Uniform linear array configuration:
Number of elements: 8
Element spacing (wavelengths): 0.5
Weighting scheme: hamming
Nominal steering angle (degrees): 30
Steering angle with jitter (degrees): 28.16
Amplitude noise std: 0.05
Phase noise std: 0.05

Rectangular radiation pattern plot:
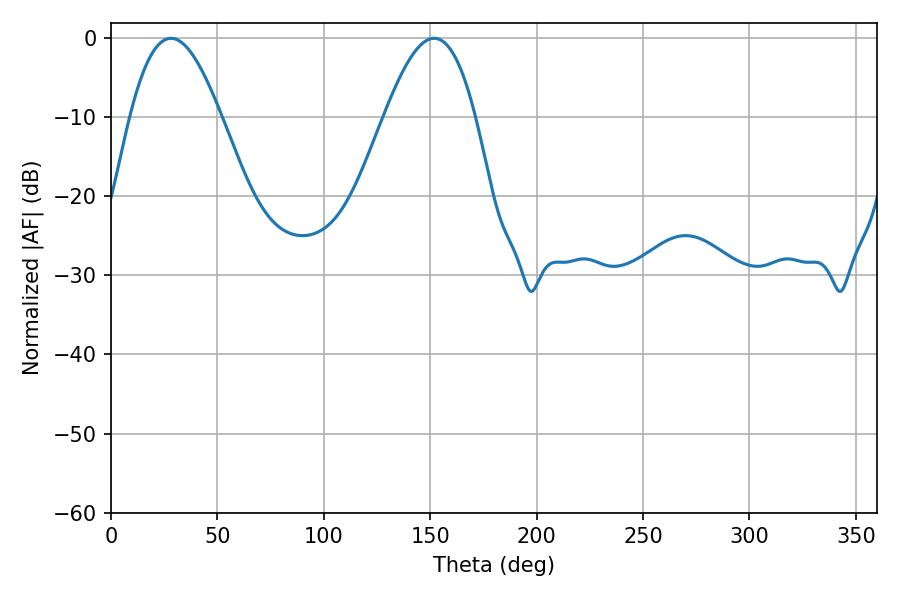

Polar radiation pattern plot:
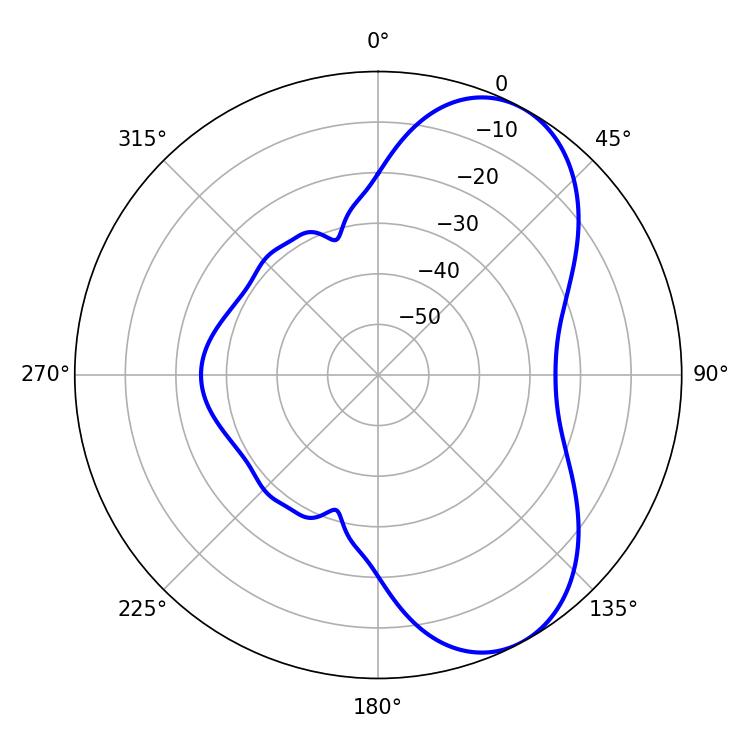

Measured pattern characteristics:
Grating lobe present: FALSE
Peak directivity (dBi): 6.683
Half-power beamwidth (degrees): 23.22
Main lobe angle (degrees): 28.08